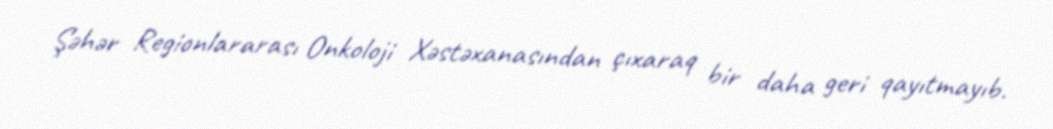
Şəhər Regionlararası Onkoloji Xəstəxanasından çıxaraq bir daha geri qayıtmayıb.